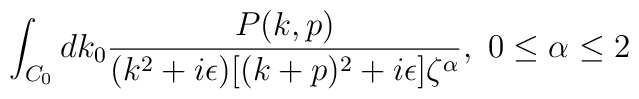
\int_{C_0} dk_0{P(k,p)\over(k^2+i\epsilon)[(k+p)^2+i\epsilon]\zeta^\alpha},\ 0\leq\alpha\leq2